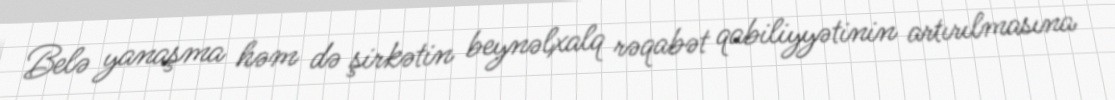
Belə yanaşma həm də şirkətin beynəlxalq rəqabət qabiliyyətinin artırılmasına